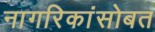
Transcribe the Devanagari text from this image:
नागरिकांसोबत